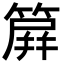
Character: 簈